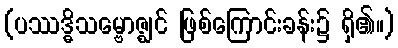
(ပဿဒ္ဓိသမ္ဗောဇ္ဈင် ဖြစ်ကြောင်းခန်း၌ ရှိ၏။)